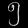
Digit: ၅